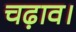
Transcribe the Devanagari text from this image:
चढ़ाव।